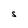
Character: S